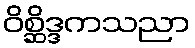
ဝိစ္ဆိဒ္ဒကသညာ